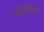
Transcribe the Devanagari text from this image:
फोसेला